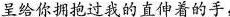
呈给你拥抱过我的直伸着的手，